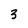
Character: 3